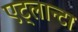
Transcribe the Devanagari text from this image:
एट्लान्टा